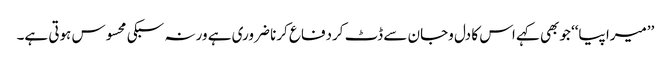
’’میرا پیا‘‘ جوبھی کہے اس کا دل وجان سے ڈٹ کردفاع کرنا ضروری ہے ورنہ سبکی محسوس ہوتی ہے۔